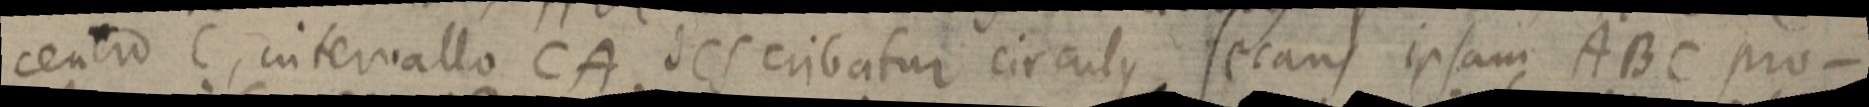
centro C, intervallo CA describatur circulus, secans ipsam ABC pro-